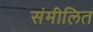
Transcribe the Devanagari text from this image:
संमीलित